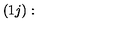
( 1 j ) :